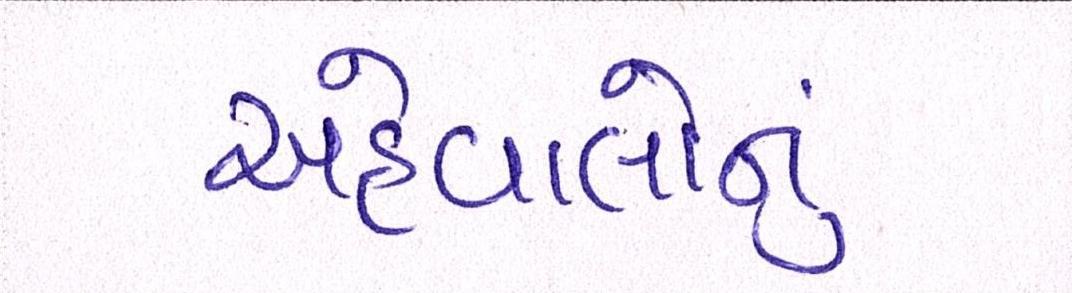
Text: અહેવાલોનું